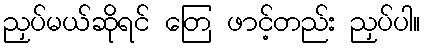
ညှပ်မယ်ဆိုရင် တြေ ဖာင့်တည်း ညှပ်ပါ။